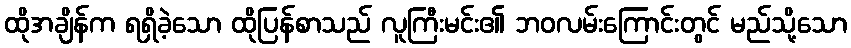
ထိုအချိန်က ရရှိခဲ့သော ထိုပြန်စာသည် လူကြီးမင်း၏ ဘဝလမ်းကြောင်းတွင် မည်သို့သော